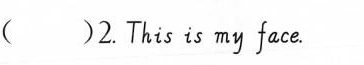
( )2.This is my face.